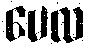
မေလ